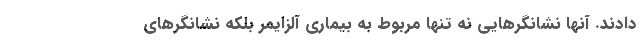
دادند. آنها نشانگرهایی نه تنها مربوط به بیماری آلزایمر بلکه نشانگرهای